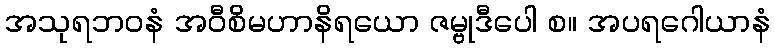
အသုရဘဝနံ အဝီစိမဟာနိရယော ဇမ္ဗုဒီပေါ စ။ အပရဂေါယာနံ